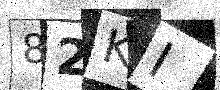
Text: 82KI